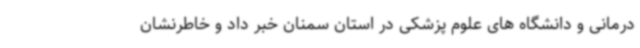
درمانی و دانشگاه های علوم پزشکی در استان سمنان خبر داد و خاطرنشان